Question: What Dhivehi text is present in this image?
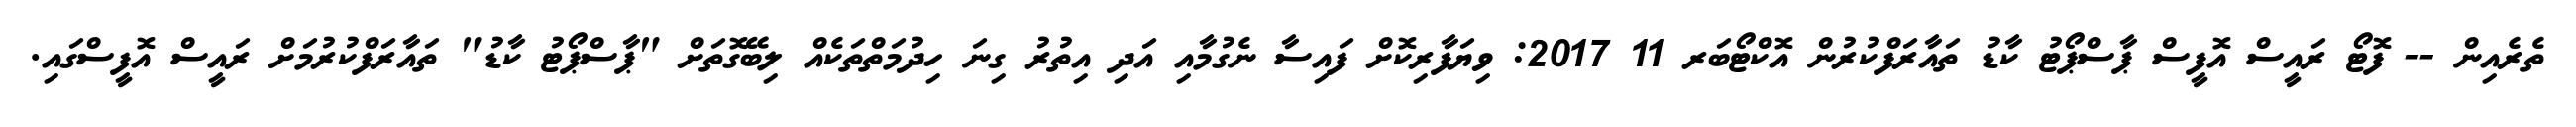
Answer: ތެރެއިން -- ފޮޓޯ ރައީސް އޮފީސް ޕާސްޕޯޓު ކާޑު ތައާރަފްކުރުން އޮކްޓޯބަރ 11 2017: ވިޔަފާރިކޮށް ފައިސާ ނެގުމާއި އަދި އިތުރު ގިނަ ހިދުމަތްތަކެއް ލިބޭގޮތަށް "ޕާސްޕޯޓު ކާޑު" ތައާރަފްކުރުމަށް ރައީސް އޮފީސްގައި.